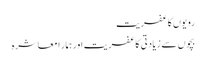
رویوں کا عفریت
بچوں سے زیادتی کا عفریت اور ہمار ا معاشرہ